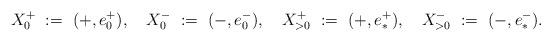
LaTeX: \begin{align*} X_0^+ \ := \ (+,e_0^+), \ \ \ X_0^- \ := \ (-,e_0^-), \ \ \ X_{>0}^+ \ := \ (+,e_{\ast}^+), \ \ \ X_{>0}^- \ := \ (-,e_{\ast}^-). \end{align*}